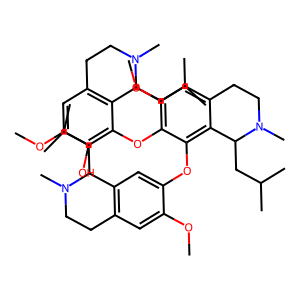
SMILES: COc1cc2c(cc1Oc1c(Oc3c(O)c(OC)cc4c3C(CC(C)C)N(C)CC4)c(OC)cc3c1C(CC(C)C)N(C)CC3)C(CC(C)C)N(C)CC2
Inhibits HIV replication: No